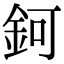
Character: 鈳